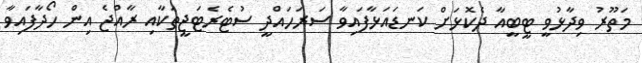
މަތޫރު ވިދާޅުވީ ޓީބީއާ ދެކޮޅަށް ކަނޑައަޅާފައިވާ ސަރަހައްދީ ސުޓެރެޓަޖީތަކާއި ރާއްޖެ އިން ހޯދާފައިވާ